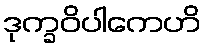
ဒုက္ခဝိပါကေဟိ